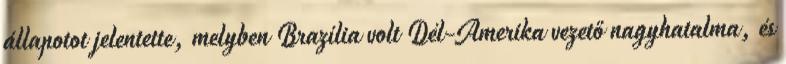
állapotot jelentette, melyben Brazília volt Dél-Amerika vezető nagyhatalma, és